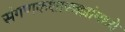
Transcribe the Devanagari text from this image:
संगणकशास्त्रज्ञांमध्ये